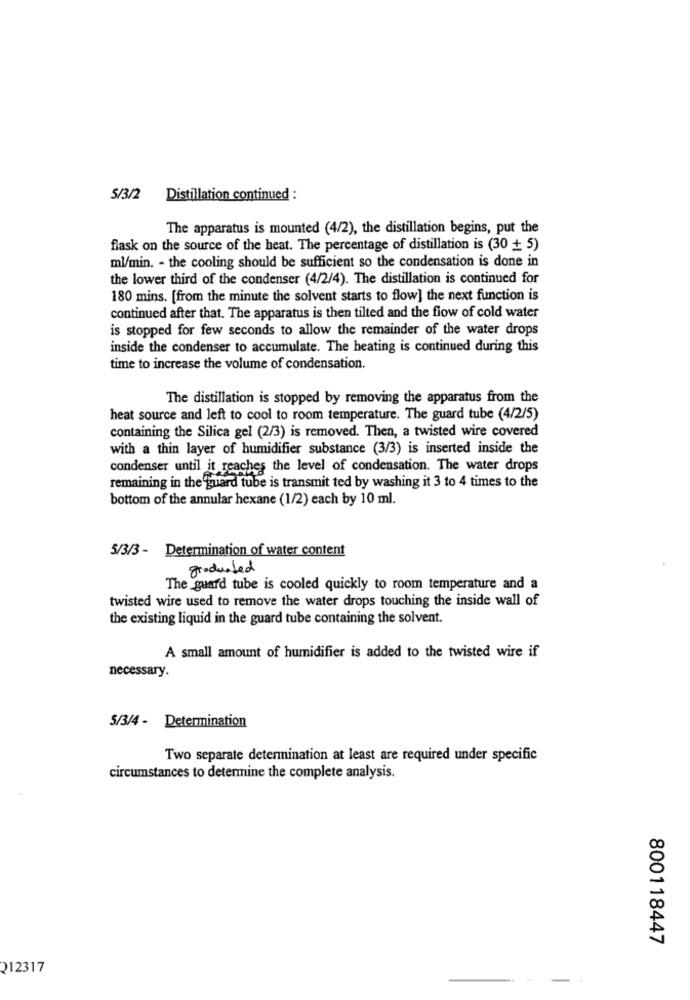
5/3/2
Distillation continued :
The apparatus is mounted (4/2), the distillation begins, put the
flask on the source of the heat. The percentage of distillation is (30 + 5)
ml/min. - the cooling should be sufficient so the condensation is done in
the lower third of the condenser (4/2/4). The distillation is continued for
180 mins. [from the minute the solvent starts to flow] the next function is
continued after that. The apparatus is then tilted and the flow of cold water
is stopped for few seconds to allow the remainder of the water drops
inside the condenser to accumulate. The heating is continued during this
time to increase the volume of condensation.
The distillation is stopped by removing the apparatus from the
heat source and left to cool to room temperature. The guard tube (4/2/5)
containing the Silica gel (2/3) is removed. Then, a twisted wire covered
with a thin layer of humidifier substance (3/3) is inserted inside the
condenser until it reaches the level of condensation. The water drops
remaining in the guard tube is transmit ted by washing it 3 to 4 times to the
bottom of the annular hexane (1/2) each by 10 ml.
5/3/3 - Determination of water content
graduated
The guard tube is cooled quickly to room temperature and a
twisted wire used to remove the water drops touching the inside wall of
the existing liquid in the guard tube containing the solvent.
A small amount of humidifier is added to the twisted wire if
necessary.
5/3/4 - Determination
Two separate determination at least are required under specific
circumstances to determine the complete analysis.
800118447
212317